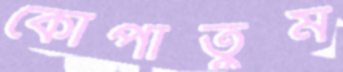
কোপাতুম